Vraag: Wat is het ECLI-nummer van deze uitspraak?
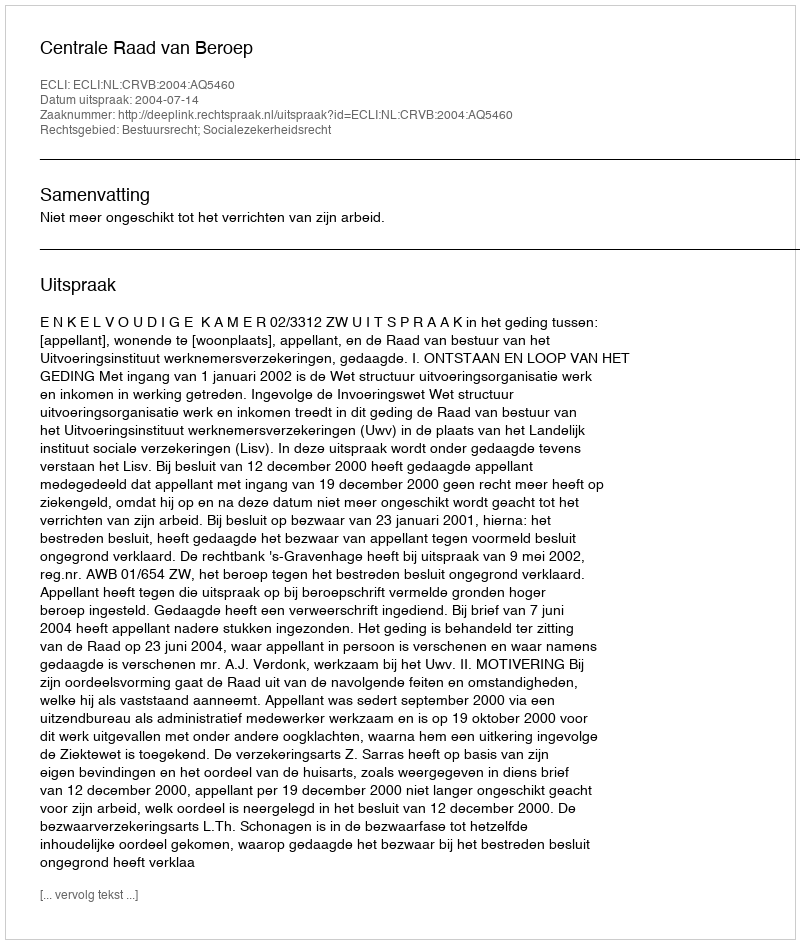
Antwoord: ECLI:NL:CRVB:2004:AQ5460